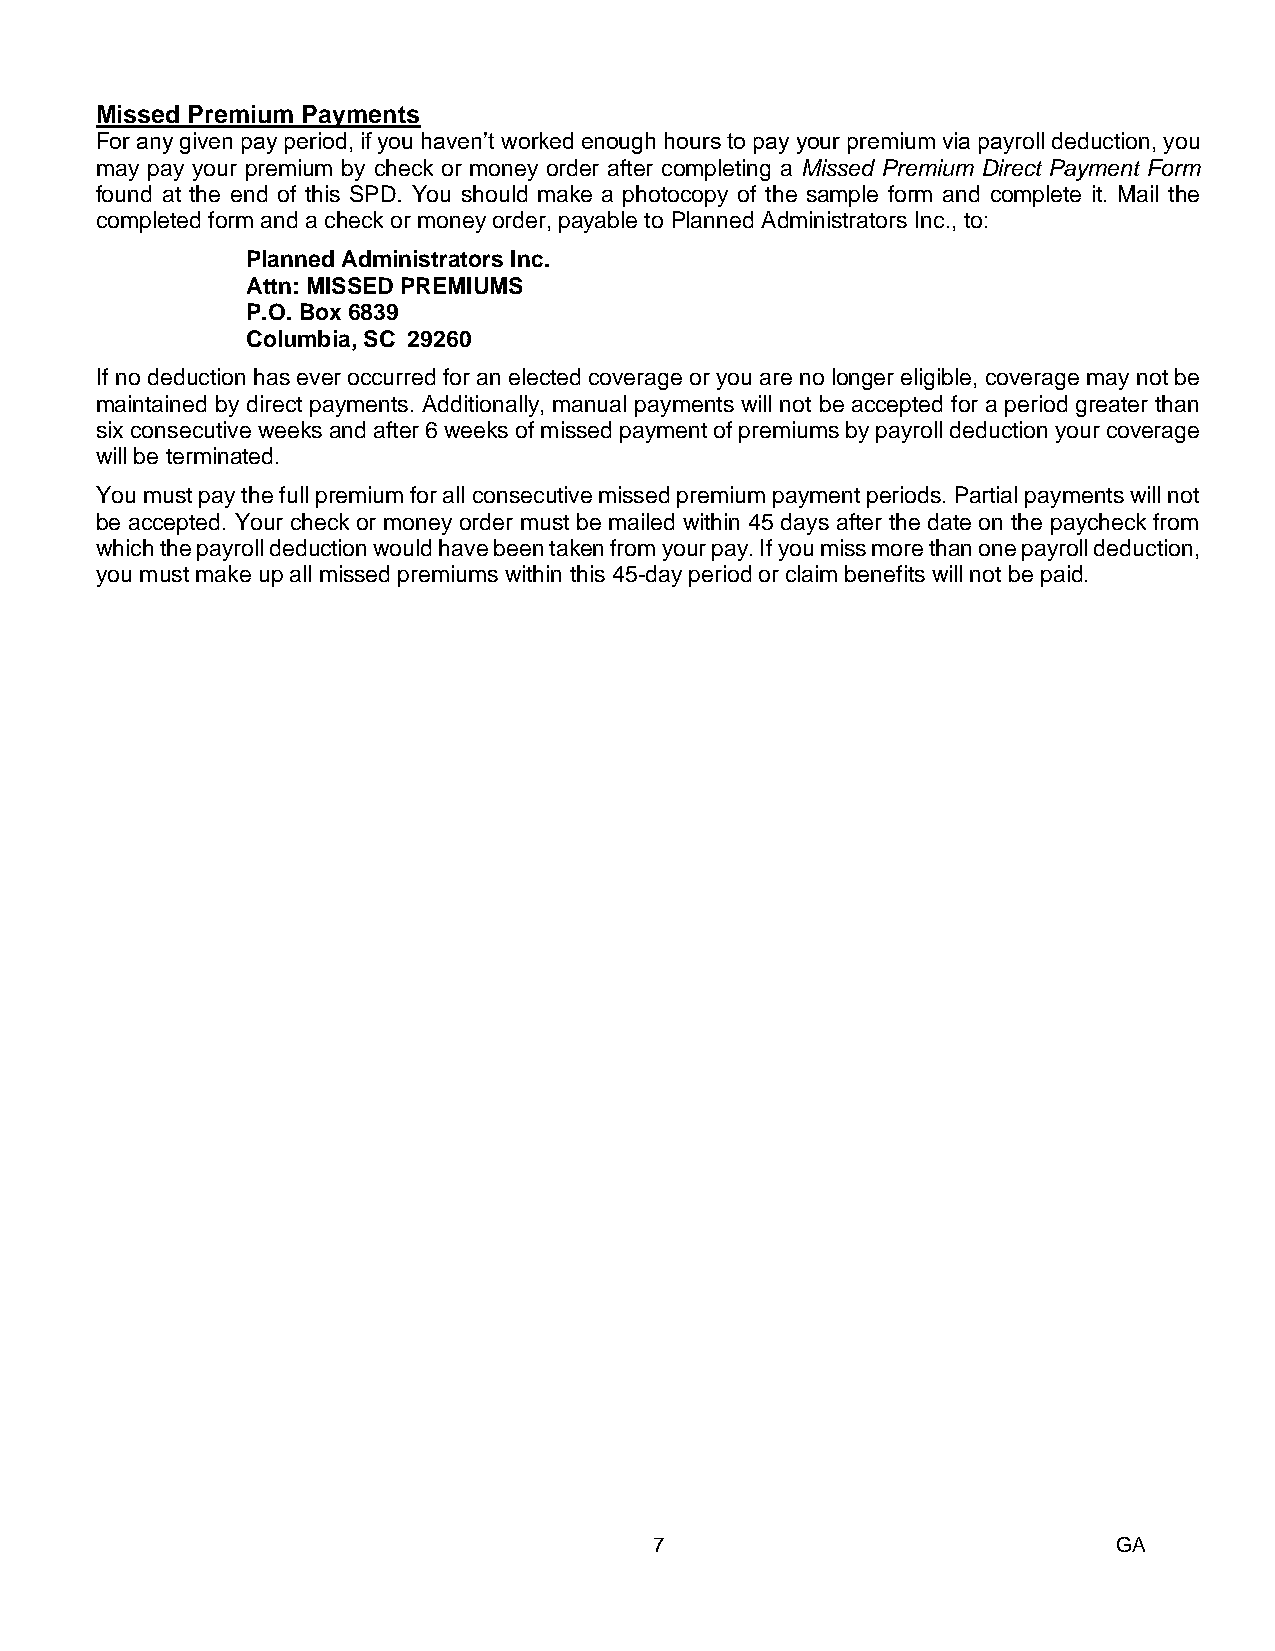
Missed Premium Payments
 For any given pay period, if you haven’t worked enough hours to pay your premium via payroll deduction, you
 may pay your premium by check or money order after completing a Missed Premium Direct Payment Form
 found at the end of this SPD. You should make a photocopy of the sample form and complete it. Mail the
 completed form and a check or money order, payable to Planned Administrators Inc., to:
 Planned Administrators Inc.
 Attn: MISSED PREMIUMS
 P.O. Box 6839
 Columbia, SC 29260
 If no deduction has ever occurred for an elected coverage or you are no longer eligible, coverage may not be
 maintained by direct payments. Additionally, manual payments will not be accepted for a period greater than
 six consecutive weeks and after 6 weeks of missed payment of premiums by payroll deduction your coverage
 will be terminated.
 You must pay the full premium for all consecutive missed premium payment periods. Partial payments will not
 be accepted. Your check or money order must be mailed within 45 days after the date on the paycheck from
 which the payroll deduction would have been taken from your pay. If you miss more than one payroll deduction,
 you must make up all missed premiums within this 45-day period or claim benefits will not be paid.
 7                              GA